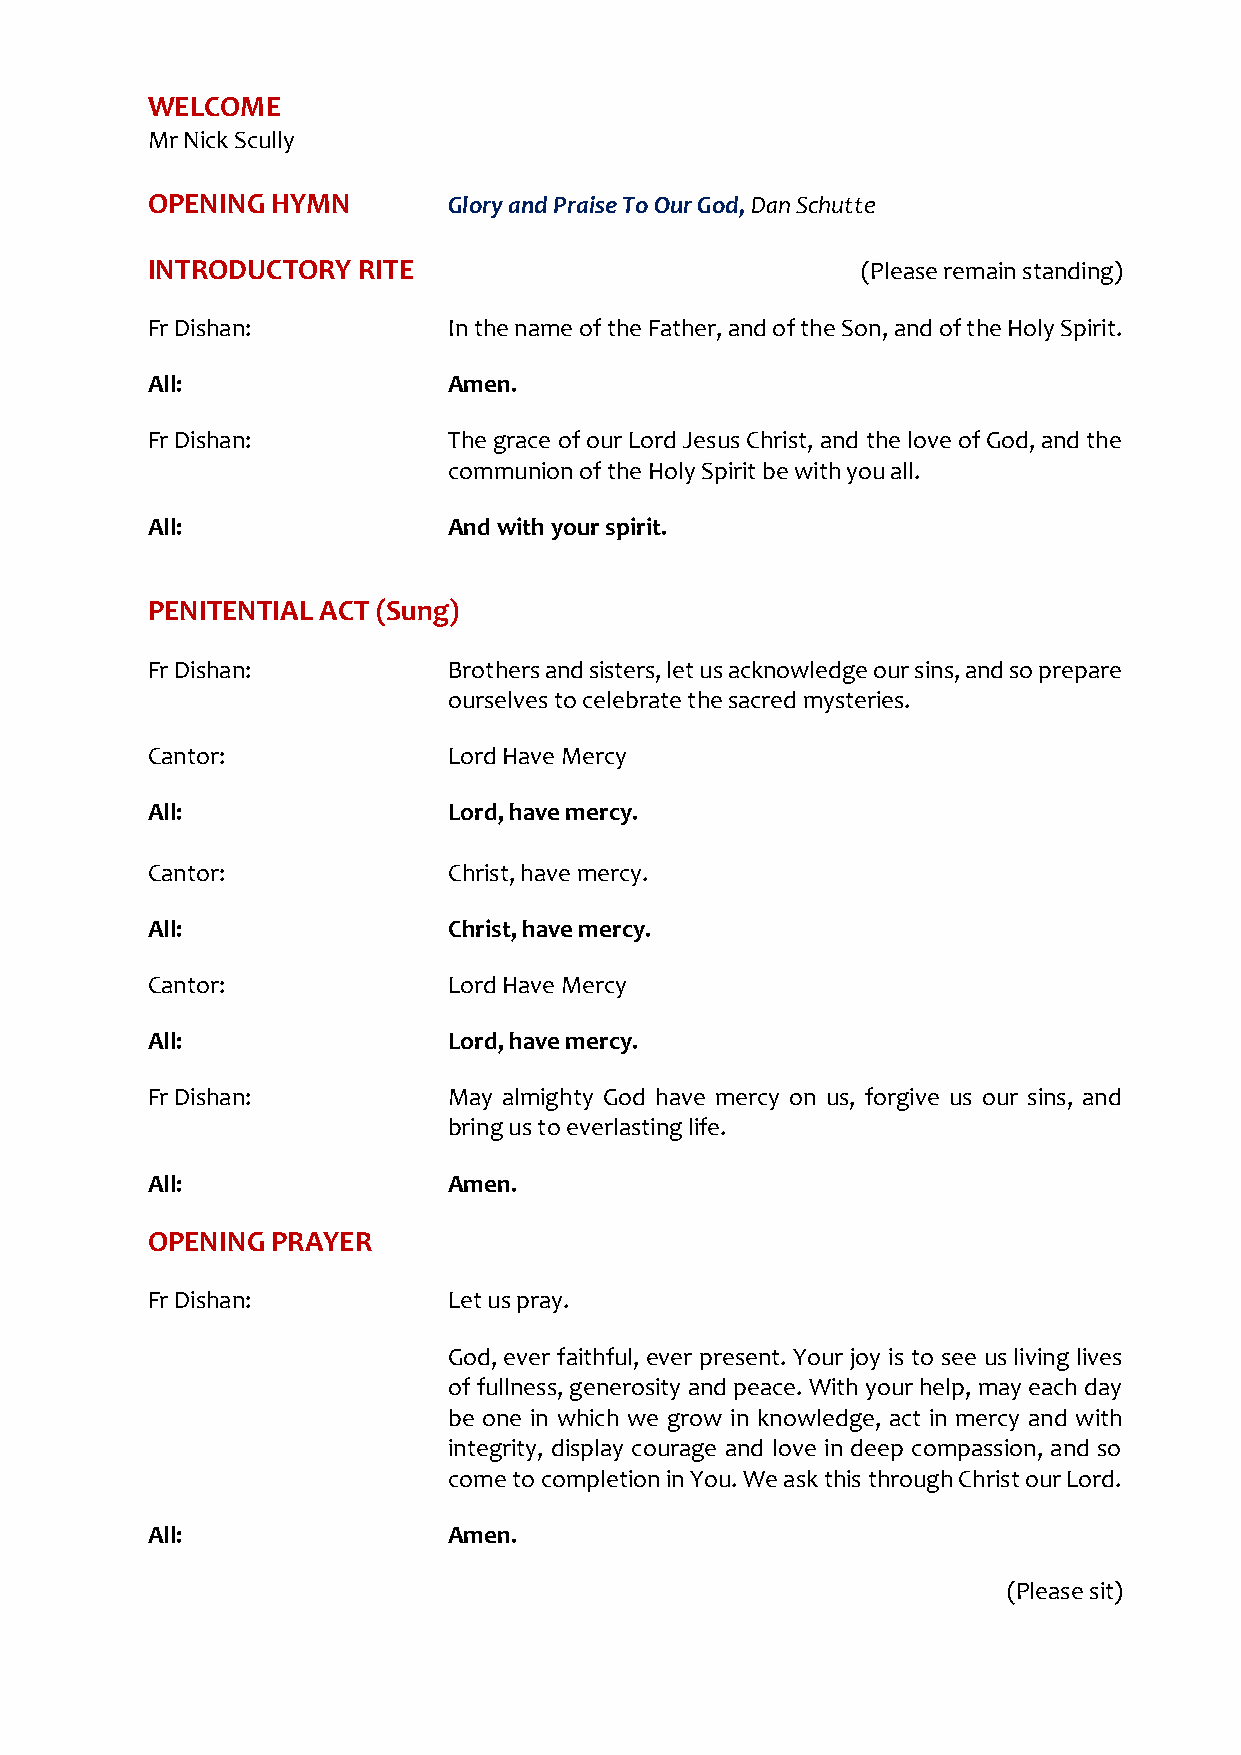
WELCOME
 Mr Nick Scully
 OPENING HYMN        Glory and Praise To Our God, Dan Schutte
 INTRODUCTORY  RITE                             (Please remain standing)
 Fr Dishan:          In the name of the Father, and of the Son, and of the Holy Spirit.
 All:                Amen.
 Fr Dishan:          The grace of our Lord Jesus Christ, and the love of God, and the
 communion of the Holy Spirit be with you all.
 All:                And with your spirit.
 PENITENTIAL ACT (Sung)
 Fr Dishan:          Brothers and sisters, let us acknowledge our sins, and so prepare
 ourselves to celebrate the sacred mysteries.
 Cantor:             Lord Have Mercy
 All:                Lord, have mercy.
 Cantor:             Christ, have mercy.
 All:                Christ, have mercy.
 Cantor:             Lord Have Mercy
 All:                Lord, have mercy.
 Fr Dishan:          May almighty God have mercy on us, forgive us our sins, and
 bring us to everlasting life.
 All:                Amen.
 OPENING PRAYER
 Fr Dishan:          Let us pray.
 God, ever faithful, ever present. Your joy is to see us living lives
 of fullness, generosity and peace. With your help, may each day
 be one in which we grow in knowledge, act in mercy and with
 integrity, display courage and love in deep compassion, and so
 come to completion in You. We ask this through Christ our Lord.
 All:                Amen.
 (Please sit)